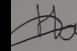
Signature authenticity: forged